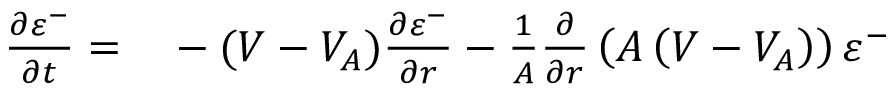
\begin{array} { r l } { \frac { \partial \varepsilon ^ { - } } { \partial t } = } & { { } - ( V - V _ { A } ) \frac { \partial \varepsilon ^ { - } } { \partial r } - \frac { 1 } { A } \frac { \partial } { \partial r } \left( A \left( V - V _ { A } \right) \right) \varepsilon ^ { - } } \end{array}